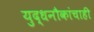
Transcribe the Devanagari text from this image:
युद्धनौकांचाही